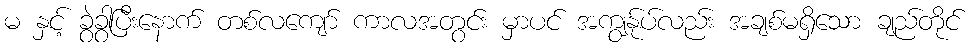
မ နှင့် ခွဲခွာပြီးနောက် တစ်လကျော် ကာလအတွင်း မှာပင် အကျွန်ုပ်လည်း အချစ်မရှိသော ချည်တိုင်